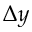
\Delta y